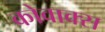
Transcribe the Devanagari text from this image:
कोवाक्स